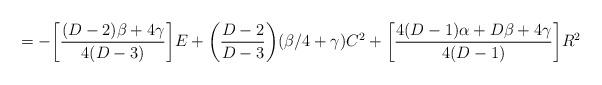
LaTeX: \begin{align*}=-\bigg[\frac{(D-2)\beta+4\gamma}{4(D-3)}\bigg]E+\bigg(\frac{D-2}{D-3}\bigg)(\beta /4+\gamma)C^2+\bigg[\frac{4(D-1)\alpha+D\beta+4\gamma}{4(D-1)}\bigg]R^2 \\\end{align*}